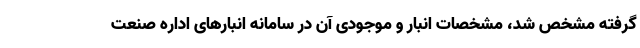
گرفته مشخص شد، مشخصات انبار و موجودی آن در سامانه انبارهای اداره صنعت